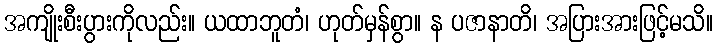
အကျိုးစီးပွားကိုလည်း။ ယထာဘူတံ၊ ဟုတ်မှန်စွာ။ န ပဇာနာတိ၊ အပြားအားဖြင့်မသိ။